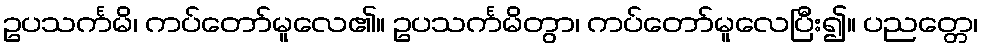
ဥပသင်္ကမိ၊ ကပ်တော်မူလေ၏။ ဥပသင်္ကမိတွာ၊ ကပ်တော်မူလေပြီး၍။ ပညတ္တေ၊